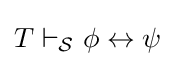
T\vdash _{\mathcal {S}}\phi \leftrightarrow \psi